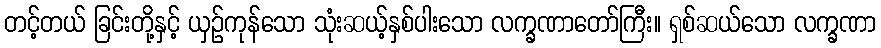
တင့်တယ် ခြင်းတို့နှင့် ယှဉ်ကုန်သော သုံးဆယ့်နှစ်ပါးသော လက္ခဏာတော်ကြီး။ ရှစ်ဆယ်သော လက္ခဏာ